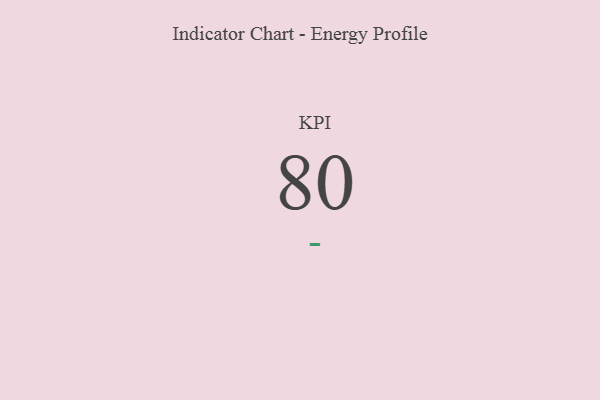
{"axis": {"x": "KPI", "y": "Value"}, "legend": [""], "data": [{"x": "KPI", "y": 80, "type": ""}]}